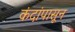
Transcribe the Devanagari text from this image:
कंदांपासून